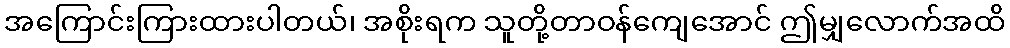
အကြောင်းကြားထားပါတယ်၊ အစိုးရက သူတို့တာဝန်ကျေအောင် ဤမျှလောက်အထိ